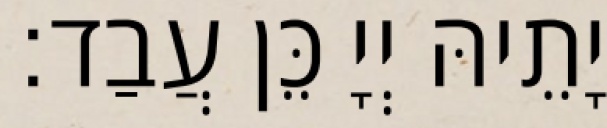
יָתֵיהּ יְיָ כֵּן עֲבַד׃